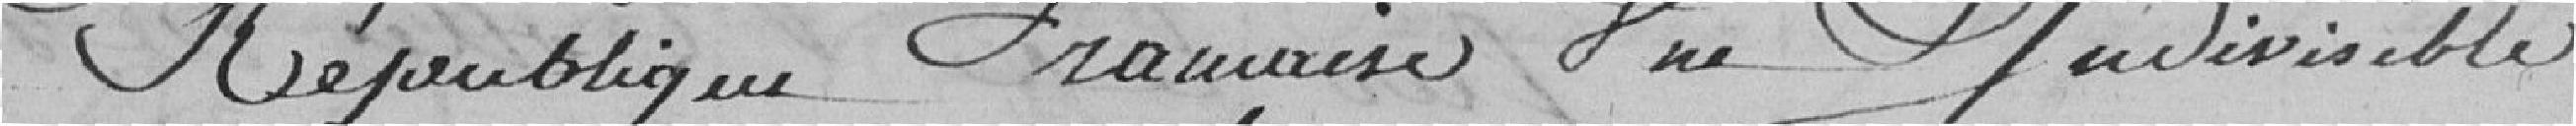
la République Française une et indivisible